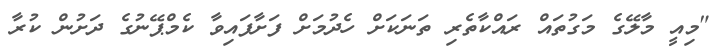
"މިއީ މާލޭގެ މަގުތައް ރައްކާތެރި ތަނަކަށް ހެދުމަށް ފަށާފައިވާ ކެމްޕޭނުގެ ދަށުން ކުރާ